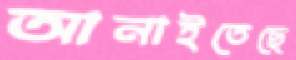
আনাইতেছে